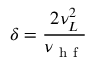
\delta = \frac { 2 \nu _ { L } ^ { 2 } } { \nu _ { \mathrm { ~ h ~ f ~ } } }